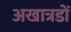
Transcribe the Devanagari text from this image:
अखात्रडों